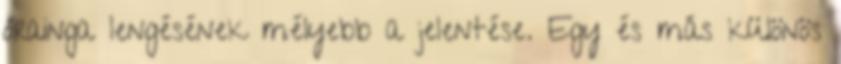
órainga lengésének mélyebb a jelentése. Egy és más különös